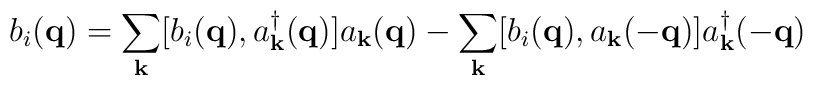
b_{i}({\bf{q}}) = \sum_{ {\bf{k}} }[b_{i}({\bf{q}}), a^{\dagger}_{ {\bf{k}} }({\bf{q}})]a_{ {\bf{k}} }({\bf{q}}) -  \sum_{ {\bf{k}} }[b_{i}({\bf{q}}), a_{ {\bf{k}} }(-{\bf{q}})]a^{\dagger}_{ {\bf{k}} }(-{\bf{q}})